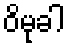
ဝိမုခါ